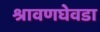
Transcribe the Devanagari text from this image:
श्रावणघेवडा